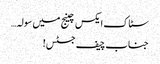
سٹاک ایکس چینج میں سولہ…
جناب چیف جسٹس!